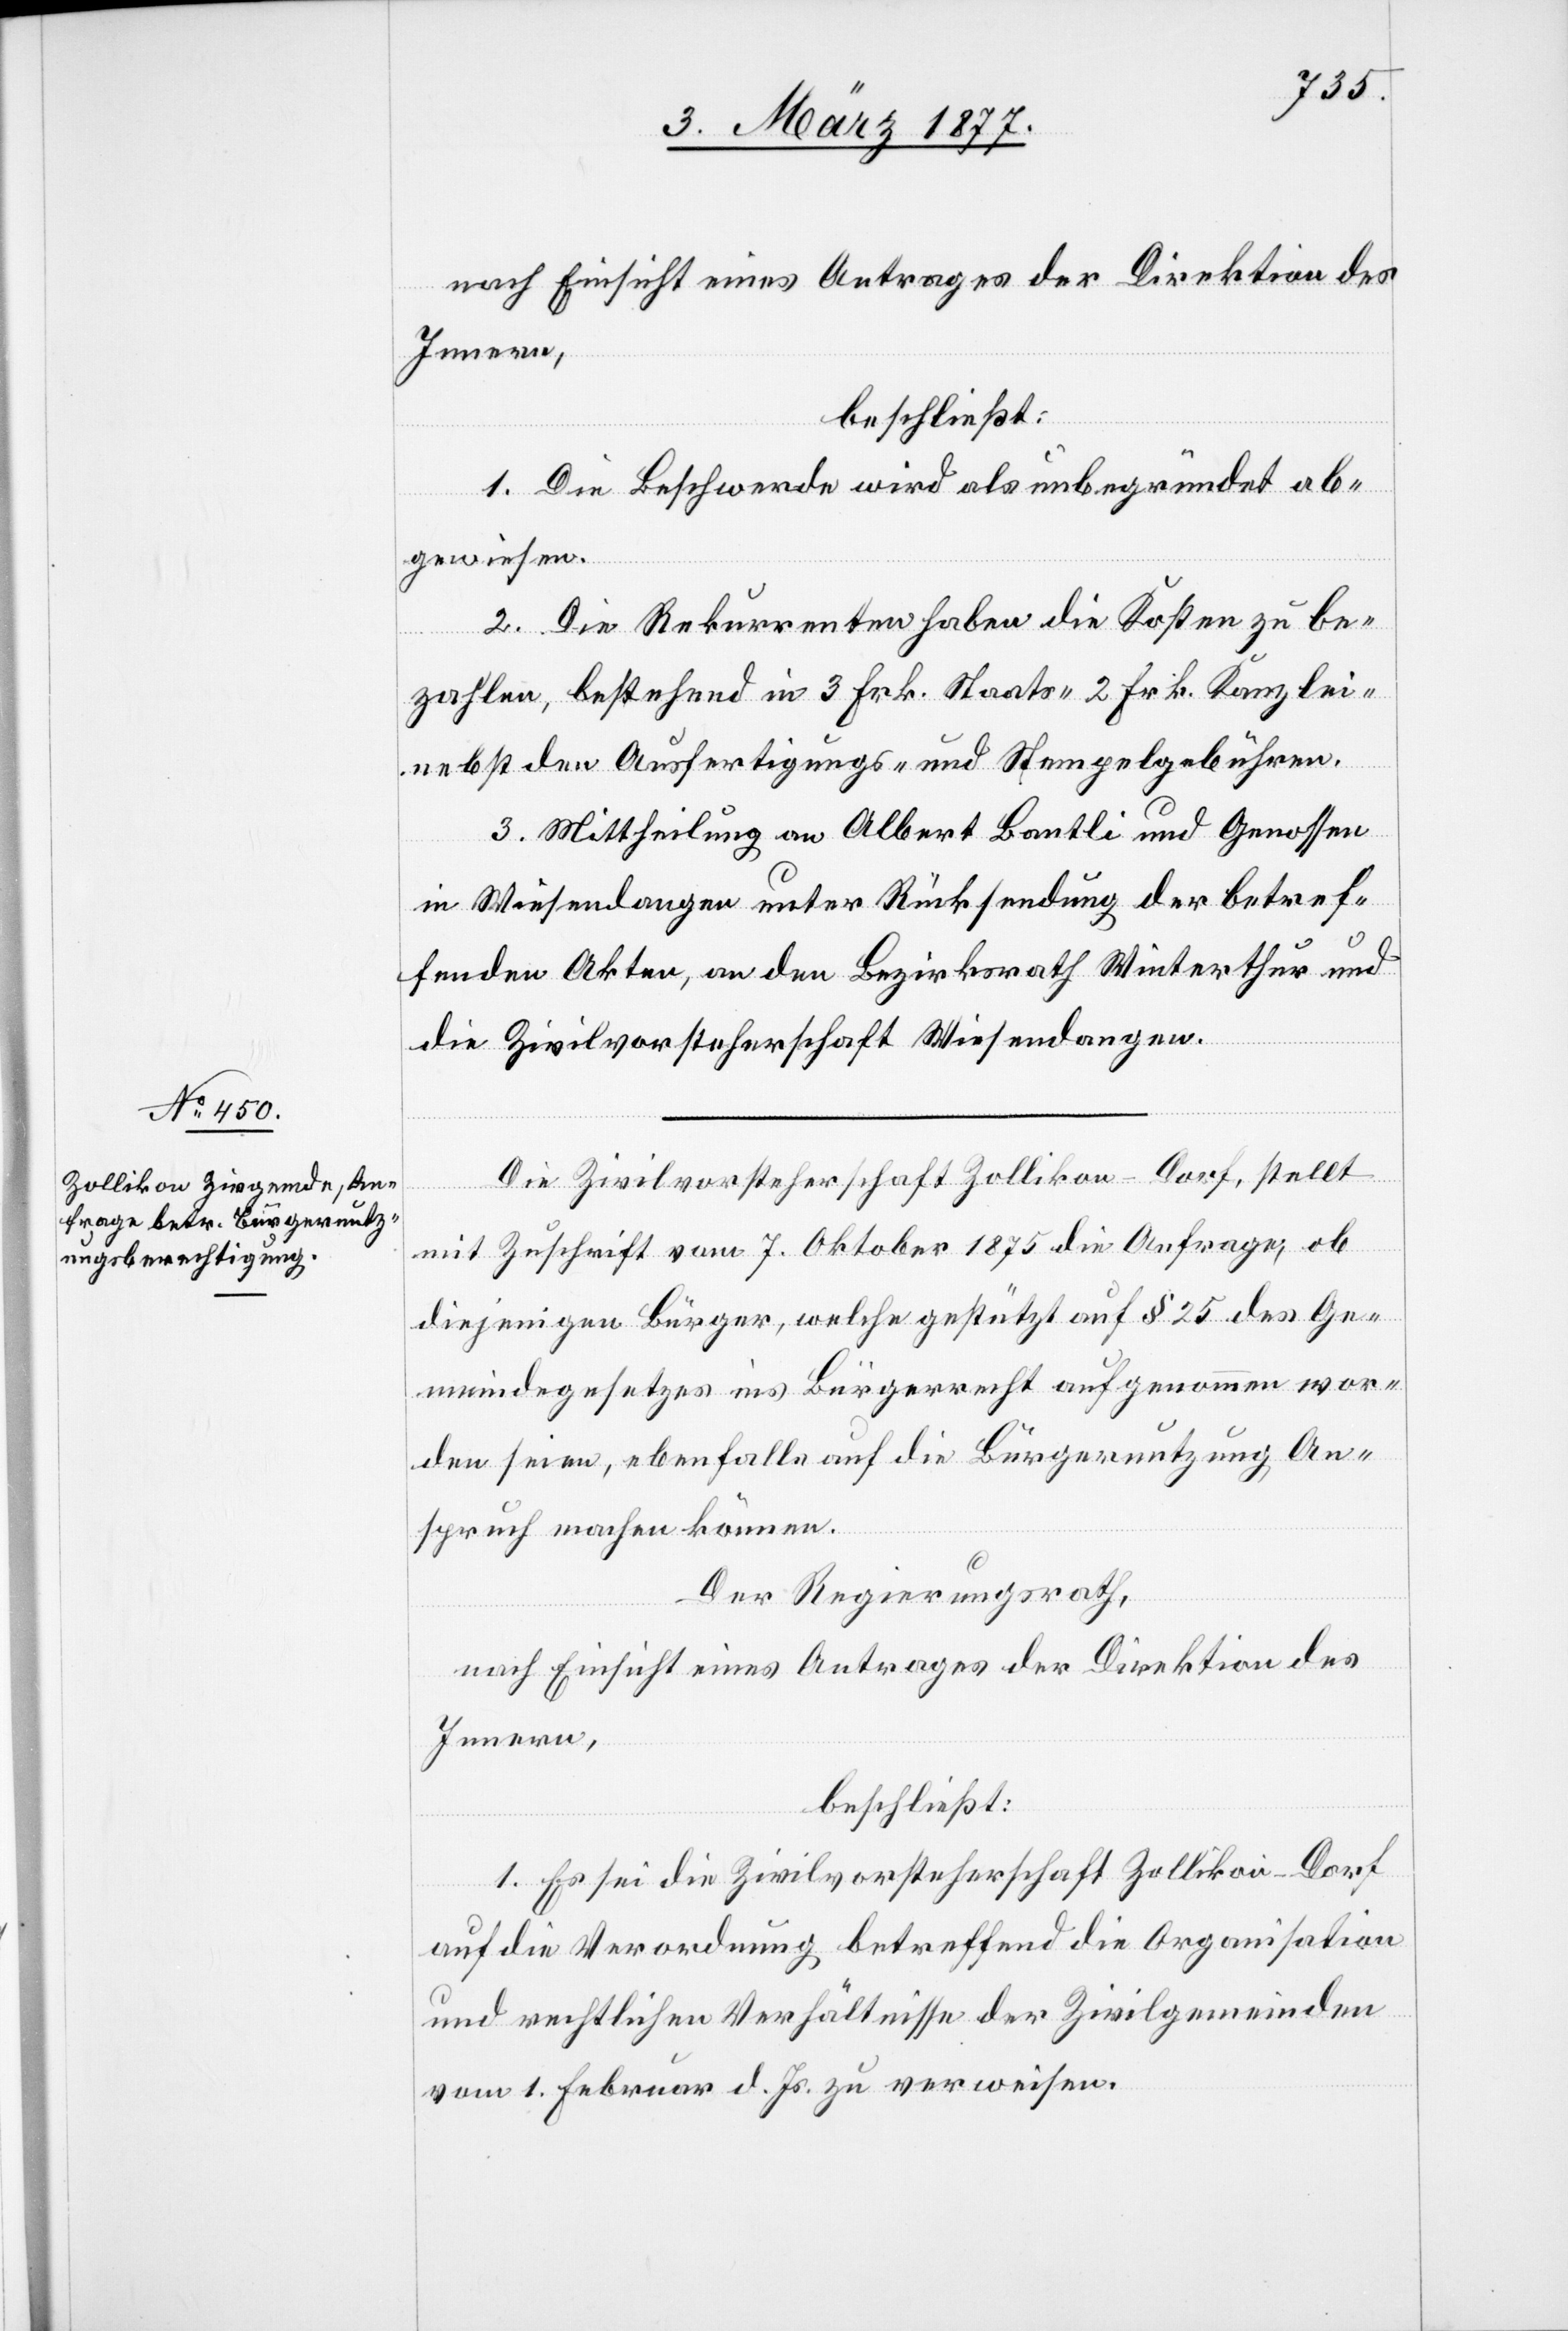
nach Einsicht eines Antrages der Direktion des
Innern,
beschließt:
1. Die Beschwerde wird als unbegründet ab¬
gewiesen.
2. Die Rekurrenten haben die Kosten zu be¬
zahlen, bestehend in 3 Frk. Staats-[,] 2 Frk. Kanzlei-
nebst den Ausfertigungs- und Stempelgebühren.
3. Mittheilung an Albert Bantli und Genossen
in Wiesendangen unter Rücksendung der betref¬
fenden Akten, an den Bezirksrath Winterthur und
die Zivilvorsteherschaft Wiesendangen.
Die Zivilvorsteherschaft Zollikon-Dorf, stellt
mit Zuschrift vom 7. Oktober 1875 die Anfrage, ob
diejenigen Bürger, welche gestützt auf § 25 des Ge¬
meindegesetzes ins Bürgerrecht aufgenommen wor¬
den seien, ebenfalls auf die Bürgernutzung An¬
spruch machen können.
Der Regierungsrath,
nach Einsicht eines Antrages der Direktion des
Innern,
beschließt:
1. Es sei die Zivilvorsteherschaft Zollikon-Dorf
auf die Verordnung betreffend die Organisation
und rechtlichen Verhältnisse der Zivilgemeinden
vom 1. Februar d. Js. zu verweisen.